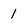
Character: 1